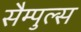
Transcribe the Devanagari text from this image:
सैम्पुल्स